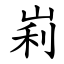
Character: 峲